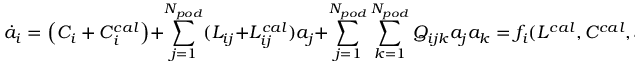
\dot { a } _ { i } = \left( C _ { i } + C _ { i } ^ { c a l } \right) + \sum _ { j = 1 } ^ { N _ { p o d } } ( L _ { i j } + L _ { i j } ^ { c a l } ) a _ { j } + \sum _ { j = 1 } ^ { N _ { p o d } } \sum _ { k = 1 } ^ { N _ { p o d } } Q _ { i j k } a _ { j } a _ { k } = f _ { i } ( L ^ { c a l } , C ^ { c a l } , \mathbf { a } )